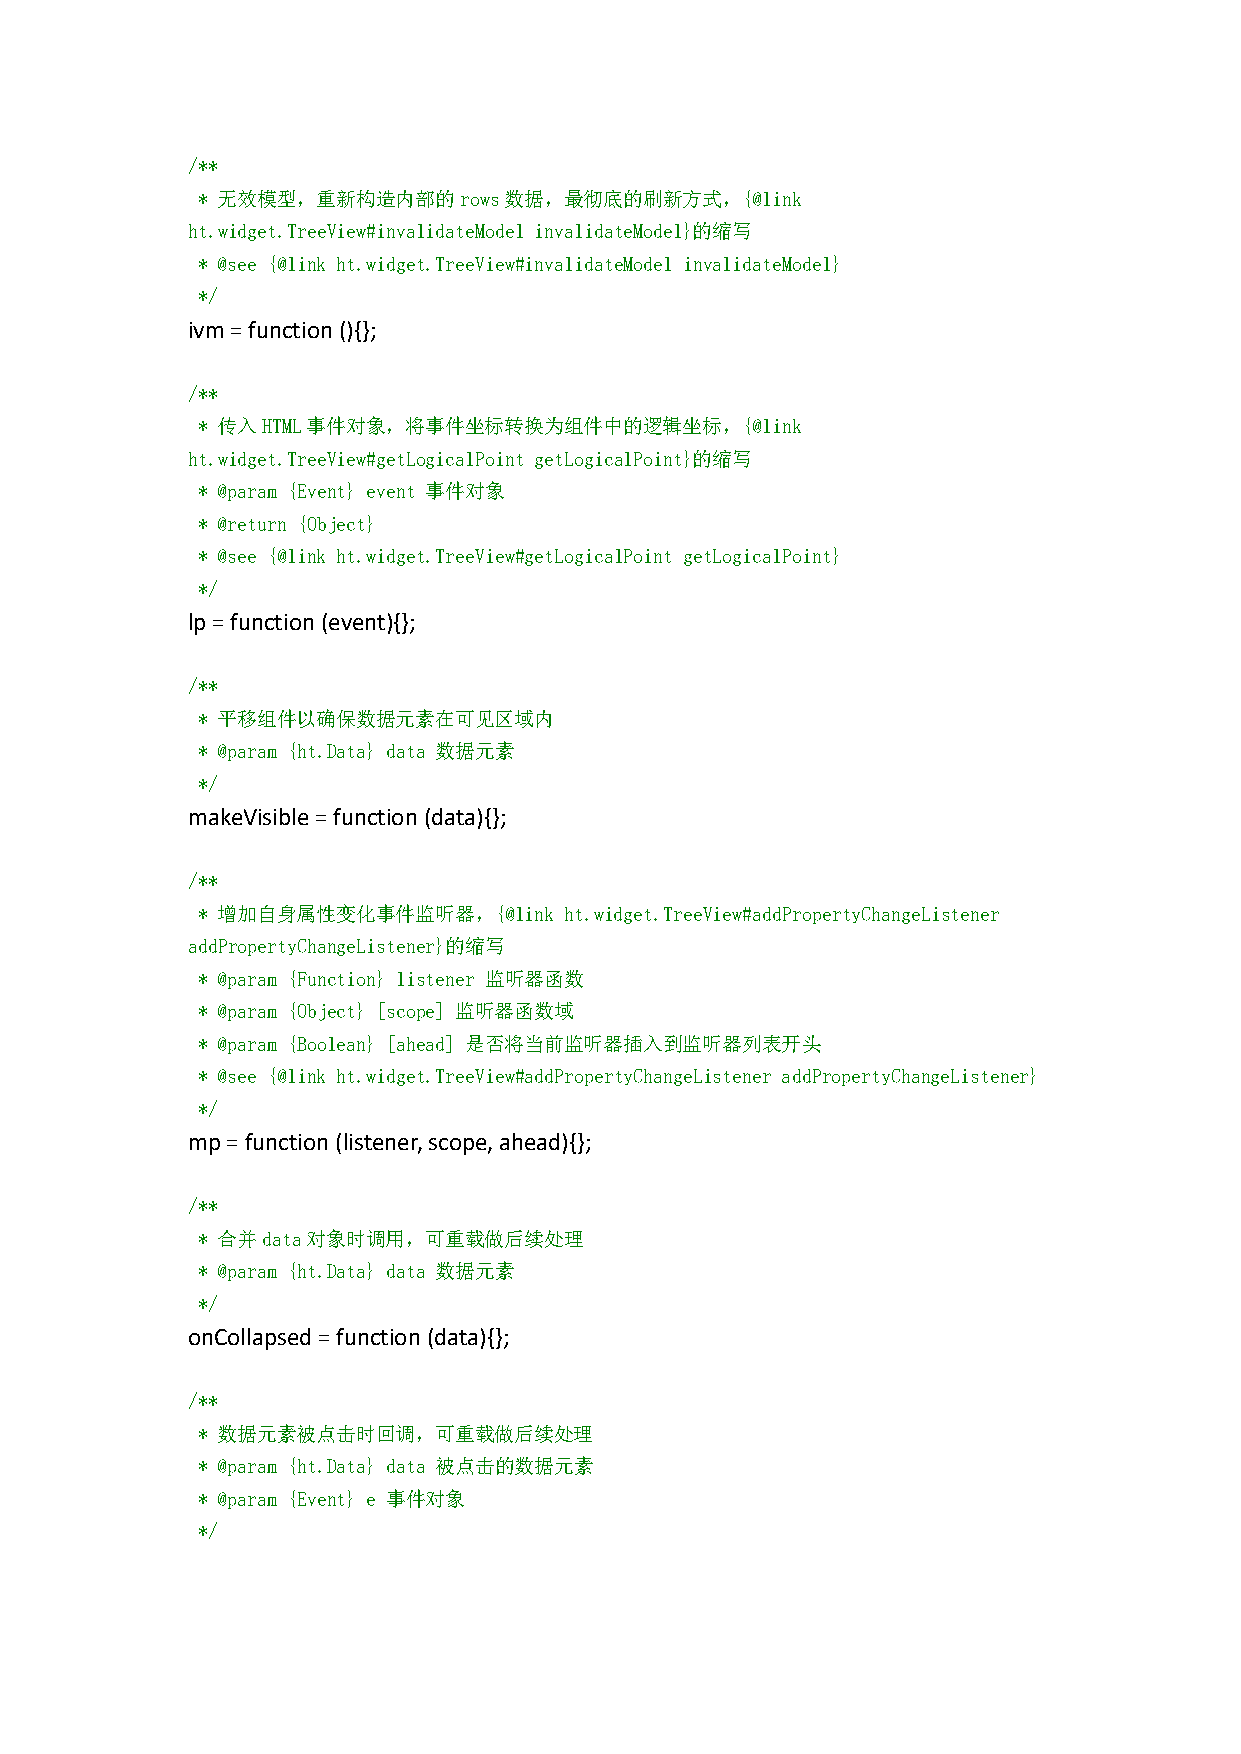
/**
 * 无效模型，重新构造内部的rows数据，最彻底的刷新方式，{@link
 ht.widget.TreeView#invalidateModel invalidateModel}的缩写
 * @see {@link ht.widget.TreeView#invalidateModel invalidateModel}
 */
 ivm=function(){};
 /**
 * 传入HTML事件对象，将事件坐标转换为组件中的逻辑坐标，{@link
 ht.widget.TreeView#getLogicalPoint getLogicalPoint}的缩写
 * @param {Event} event 事件对象
 * @return {Object}
 * @see {@link ht.widget.TreeView#getLogicalPoint getLogicalPoint}
 */
 lp=function(event){};
 /**
 * 平移组件以确保数据元素在可见区域内
 * @param {ht.Data} data 数据元素
 */
 makeVisible=function(data){};
 /**
 * 增加自身属性变化事件监听器，{@link  ht.widget.TreeView#addPropertyChangeListener
 addPropertyChangeListener}的缩写
 * @param {Function} listener 监听器函数
 * @param {Object} [scope] 监听器函数域
 * @param {Boolean} [ahead] 是否将当前监听器插入到监听器列表开头
 * @see {@link ht.widget.TreeView#addPropertyChangeListener addPropertyChangeListener}
 */
 mp=function(listener,scope,ahead){};
 /**
 * 合并data对象时调用，可重载做后续处理
 * @param {ht.Data} data 数据元素
 */
 onCollapsed=function(data){};
 /**
 * 数据元素被点击时回调，可重载做后续处理
 * @param {ht.Data} data 被点击的数据元素
 * @param {Event} e 事件对象
 */